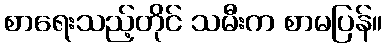
စာရေးသည့်တိုင် သမီးက စာမပြန်။